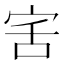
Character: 𭓯